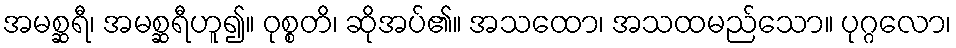
အမစ္ဆရီ၊ အမစ္ဆရီဟူ၍။ ဝုစ္စတိ၊ ဆိုအပ်၏။ အသထော၊ အသထမည်သော။ ပုဂ္ဂလော၊